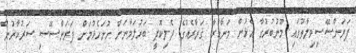
ފަރަންސޭސިވިލާތުގައި މޫނުބުރުގާ އެޅުން މަނާކުރާ ޤަރާރެއްގެ ދެލިކޮޕީ ބަރުލަމާނަށް ހުށަހެޅުމަށް ފަރަންސޭސި ސަރުކާރުން